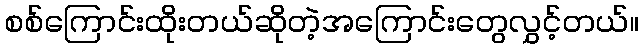
စစ်ကြောင်းထိုးတယ်ဆိုတဲ့အကြောင်းတွေလွှင့်တယ်။